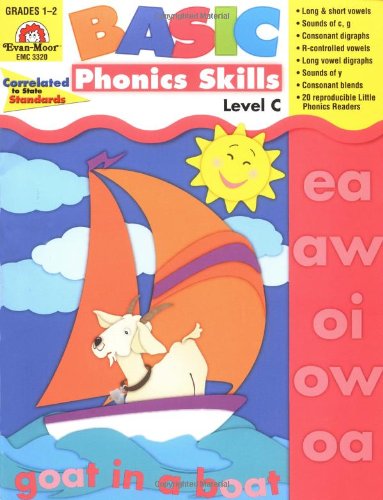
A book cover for Basic Phonics Skills, Level C; Evan Moor; Reference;